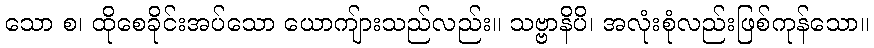
သော စ၊ ထိုစေခိုင်းအပ်သော ယောကျ်ားသည်လည်း။ သဗ္ဗာနိပိ၊ အလုံးစုံလည်းဖြစ်ကုန်သော။